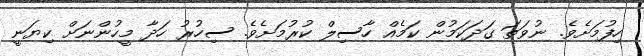
ހިފުމަށެވެ. ނުވަތަ ގަދަކަމުން ކަމެއް ހާސިލް ކުރުމަށެވެ. ސިހުރު ހަދާ މީހުންނަށް ކިޔަނީ